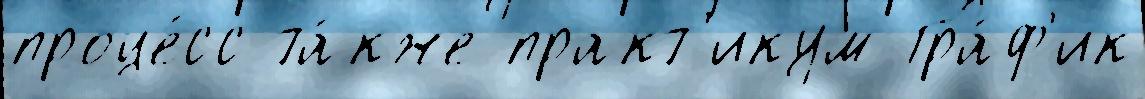
проце́сс та́кже практ'икум Гра́ф'ик